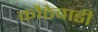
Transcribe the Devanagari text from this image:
कौठेवाडी